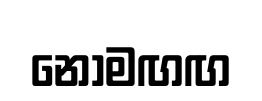
නොමඟඟ